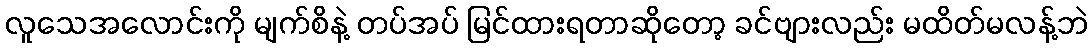
လူသေအလောင်းကို မျက်စိနဲ့ တပ်အပ် မြင်ထားရတာဆိုတော့ ခင်ဗျားလည်း မထိတ်မလန့်ဘဲ